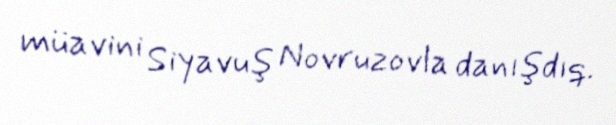
müavini Siyavuş Novruzovla danışdıq.